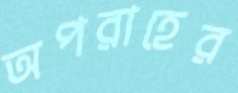
অপরাহের